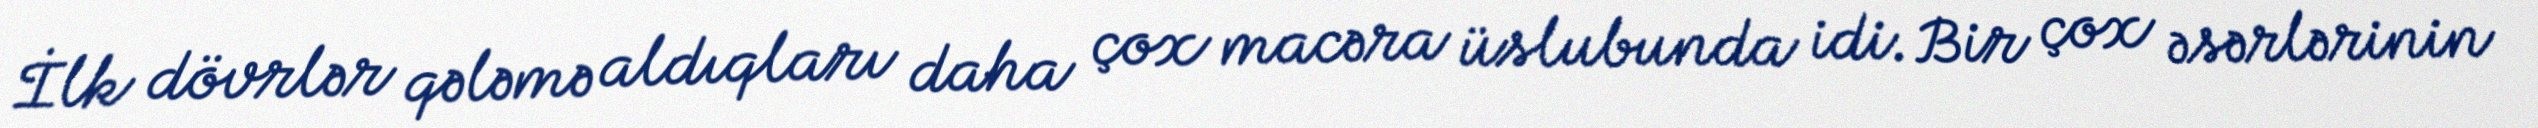
İlk dövrlər qələmə aldıqları daha çox macəra üslubunda idi. Bir çox əsərlərinin